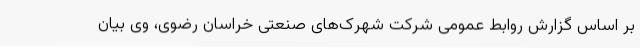
بر اساس گزارش روابط عمومی شرکت شهرک‌های صنعتی خراسان رضوی، وی بیان